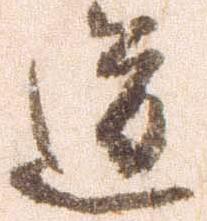
道